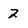
Character: 2